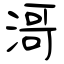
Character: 滒